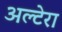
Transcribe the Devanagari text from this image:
अल्टेरा